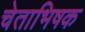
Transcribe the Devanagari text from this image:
चेताभिषक